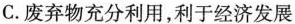
C.废弃物充分利用，利于经济发展